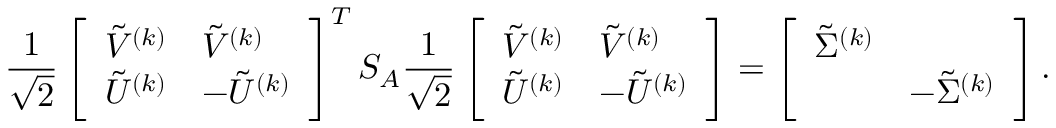
\frac { 1 } { \sqrt { 2 } } \left[ \begin{array} { l l } { \tilde { V } ^ { ( k ) } } & { \tilde { V } ^ { ( k ) } } \\ { \tilde { U } ^ { ( k ) } } & { - \tilde { U } ^ { ( k ) } } \end{array} \right] ^ { T } S _ { A } \frac { 1 } { \sqrt { 2 } } \left[ \begin{array} { l l } { \tilde { V } ^ { ( k ) } } & { \tilde { V } ^ { ( k ) } } \\ { \tilde { U } ^ { ( k ) } } & { - \tilde { U } ^ { ( k ) } } \end{array} \right] = \left[ \begin{array} { l l } { \tilde { \Sigma } ^ { ( k ) } } & \\ & { - \tilde { \Sigma } ^ { ( k ) } } \end{array} \right] .